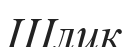
Шлик